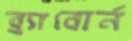
ব্র্যাবোর্ন